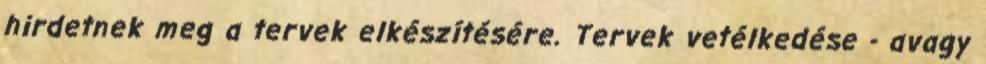
hirdetnek meg a tervek elkészítésére. Tervek vetélkedése - avagy